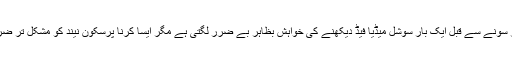
بیستر پر لیٹ کر سونے سے قبل ایک بار سوشل میڈیا فیڈ دیکھنے کی خواہش بظاہر بے ضرر لگتی ہے مگر ایسا کرنا پرسکون نیند کو مشکل تر ضرور بناسکتا ہے۔